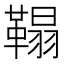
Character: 𩌇